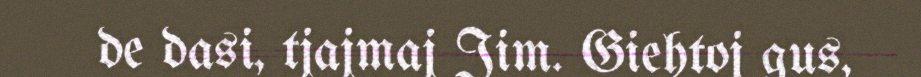
de dasi, tjajmaj Jim. Giehtoj gus,